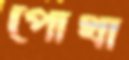
পোথা